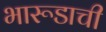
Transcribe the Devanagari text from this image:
भारूडाची